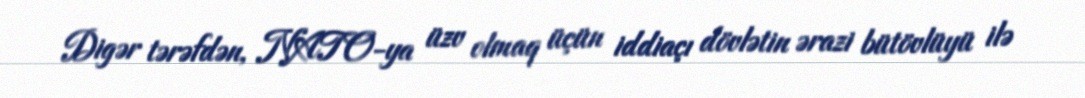
Digər tərəfdən, NATO-ya üzv olmaq üçün iddiaçı dövlətin ərazi bütövlüyü ilə